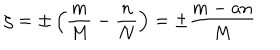
\zeta = \pm \left( \frac { m } { M } - \frac { n } { N } \right) = \pm \frac { m - a n } { M }